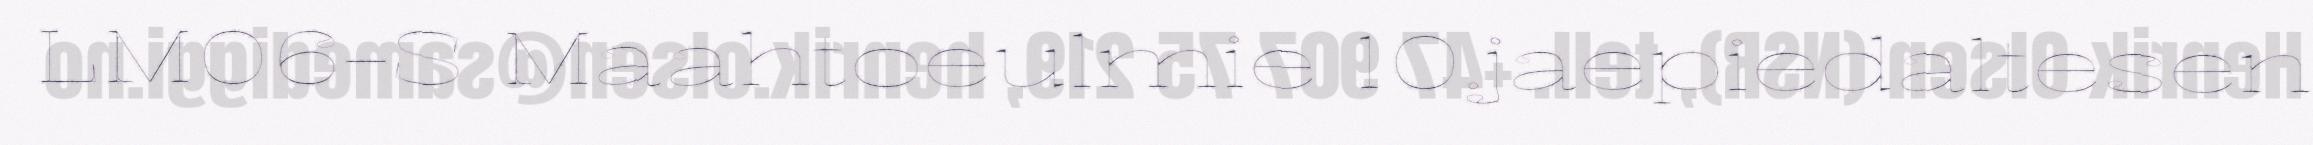
LM06-S Maahtoeulmie 10.jaepiedaltesen